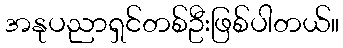
အနုပညာရှင်တစ်ဦးဖြစ်ပါတယ်။